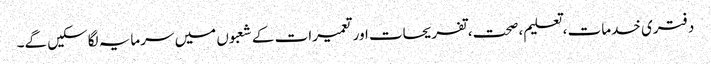
دفتری خدمات ، تعلیم، صحت، تفریحات اور تعمیرات کے شعبوں میں سرمایہ لگاسکیں گے۔